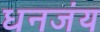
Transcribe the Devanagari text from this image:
धनजंय